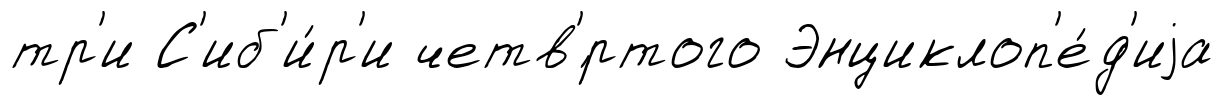
тр'и С'иб'и́р'и четв'́ртого Энциклоп'е́д'иjа